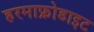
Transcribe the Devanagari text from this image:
हरमाफ्रोडाइट